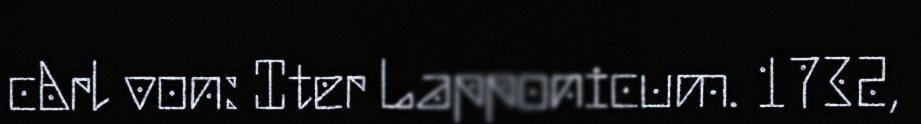
cArl von: Iter Lapponicum. 1732,